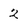
Character: 2